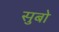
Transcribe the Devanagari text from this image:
सुबो